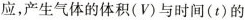
应，产生气体的体积(V)与时间(t)的